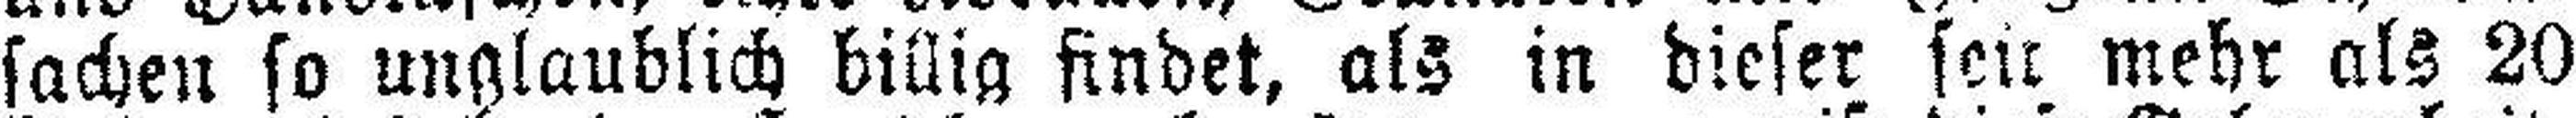
sachen so unglaublich billig findet, als in dieser sein mehr als 20